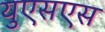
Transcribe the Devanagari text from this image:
युएसएस